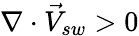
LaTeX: \nabla\cdot\vec{V}_{sw}>0